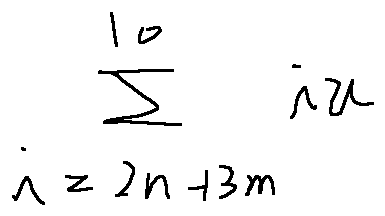
\sum \limits _ { i = 2 n + 3 m } ^ { 1 0 } i x